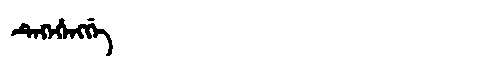
Manchu: ᡨᡝᡴᡝᡥᡝᠩᡤᡝ
Romanization: TEKEHENGGE